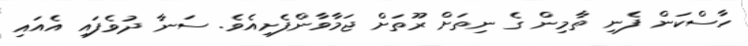
ހާސްކަން ފެނި ތާމިން ގެ ނިތަށް ރޫތަށް ޖަމާވާންފެށިއެވެ. ސަނާ ދުވެފައި އެއައި